Leaving Certificate Examination, 1927
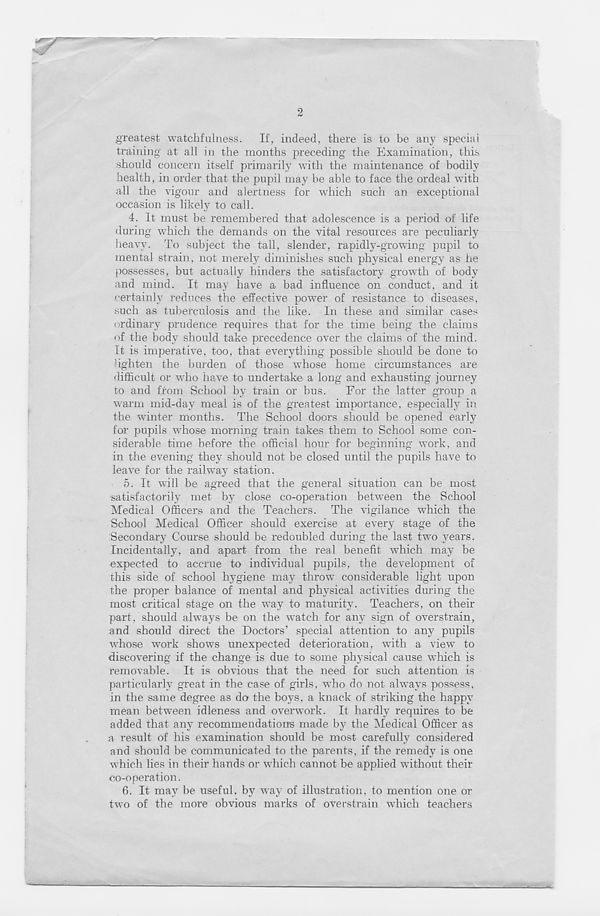
2
greatest watchfulness. If, indeed, there is to be any special
training at all in the months preceding the Examination, this
should concern itself primarily with the maintenance of bodily
health, in order that the pupil may be able to face the ordeal with
all the vigour and alertness for which such an exceptional
occasion is likely to call.
4.
It must be remembered that ado
during which the demands on the vital resources are peculiarly
heavy. To subject the tall, slender, rapidly-growing pupil to
mental strain, not merely diminishes such physical energy as he
possesses, but actually hinders the satisfactory growth of body
and mind. It may have a bad influence on conduct, and it
f-ertainly reduces the effective power of resistance to diseases,
such as tuberculosis and the like. In these and similar cases
ordinary prudence requires that for the time being the claims
of the body should take precedence over the claims of the mind.
It is imperative, too, that everything possible should be done to
lighten the burden of those whose home circumstances are
difficult or who have to undertake a long and exhausting journey
to and from School by train or bus.
For the latter group a
warm mid-day meal is of the greatest importance, especially in
the winter months. The School doors should be opened early
for pupils whose morning train takes them to School some con-
siderable time before the official hour for beginning work, and
in the evening they should not be closed until the pupils have to
leave for the railway station.
5. It will be agreed that the general situation can be most
satisfactorily met by close co-operation between the School
Medical Officers and the Teachers. The vigilance which the
School Medical Officer should exercise at every stage of the
Secondary Course should be redoubled during the last two years.
Incidentally, and apart from the real benefit which may be
expected to accrue to individual pupils, the development of
this side of school hygiene may throw considerable light upon
the proper balance of mental and physical activities during the
most critical stage on the way to maturity. Teachers, on their
part, should always be on the watch for any sign of overstrain,
and should direct the Doctors’ special attention to any pupils
whose work shows unexpected deterioration, with a view to
discovering if the change is due to some physical cause which is
removable. It is obvious that the need for such attention is
particularly great in the case of girls, who do not always possess,
in the same degree as do the boys, a knack of striking the happy
mean between idleness and overwork. It hardly requires to be
added that any recommendations made by the Medical Officer as
a result of his examination should be most carefully considered
and should be communicated to the parents, if the remedy is one
which lies in their hands or which cannot be applied without their
co-operation.
6. It may be useful, by way of illustration, to mention one or
two of the more obvious marks of overstrain which teachers